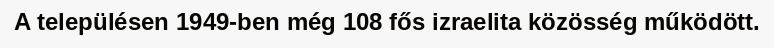
A településen 1949-ben még 108 fős izraelita közösség működött.